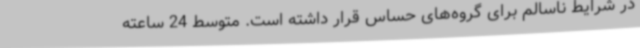
در شرایط ناسالم برای گروه‌های حساس قرار داشته است. متوسط 24 ساعته